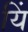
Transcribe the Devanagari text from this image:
यिं